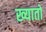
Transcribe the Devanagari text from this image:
ख्यातो